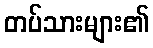
တပ်သားများ၏